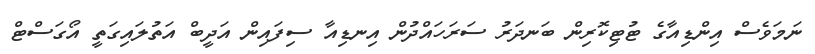
ނަމަވެސް އިންޑިއާގެ ޓުޓިކޮރިން ބަނދަރު ސަރަހައްދުން އިނޑިއާ ސިފައިން އަދީބް އަތުލައިގަތީ އޯގަސްޓް